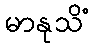
မာနုသိံ